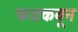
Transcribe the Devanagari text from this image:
फडकवून